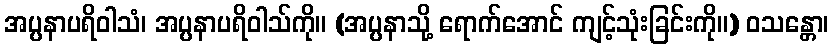
အပ္ပနာပရိဝါသံ၊ အပ္ပနာပရိဝါသ်ကို။ (အပ္ပနာသို့ ရောက်အောင် ကျင့်သုံးခြင်းကို။) ဝသန္တော၊